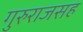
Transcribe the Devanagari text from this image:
गुरुराजसह